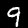
Label: 9